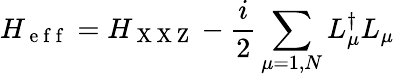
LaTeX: H_{\mathrm{~e~f~f~}}=H_{\mathrm{~X~X~Z~}}-\frac{i}{2}\sum_{\mu=1,N}L_{\mu}^{\dagger}L_{\mu}